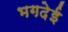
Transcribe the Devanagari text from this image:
भगदेई